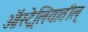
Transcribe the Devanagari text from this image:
ऑस्ट्रेलियातील्